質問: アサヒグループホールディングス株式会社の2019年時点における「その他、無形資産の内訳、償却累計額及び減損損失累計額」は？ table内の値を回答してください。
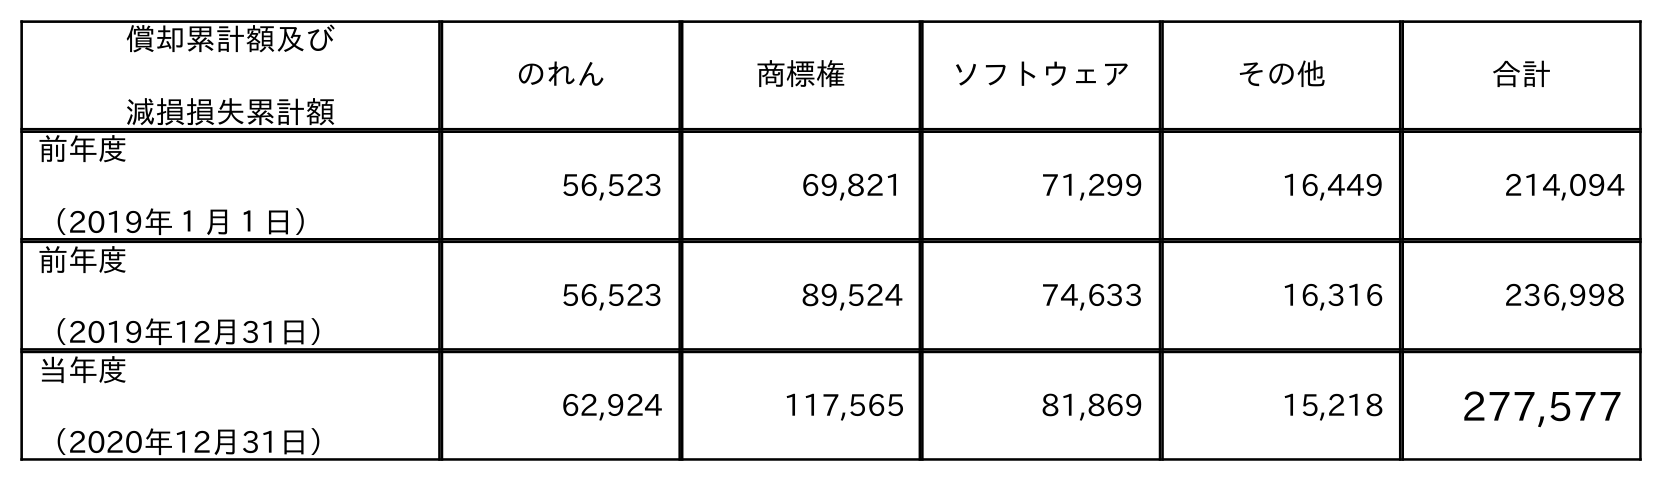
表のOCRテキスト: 償却累計額及び 減損損失累計額 のれん 商標権 ソフトウェア その他 合計 前年度 （2019年１月１日） 56,523 69,821 71,299 16,449 214,094 前年度 （2019年12月31日） 56,523 89,524 74,633 16,316 236,998 当年度 （2020年12月31日） 62,924 117,565 81,869 15,218 277,577
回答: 16,316